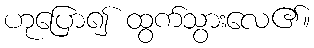
ဟုပြော၍ ထွက်သွားလေ၏။